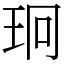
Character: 㺾